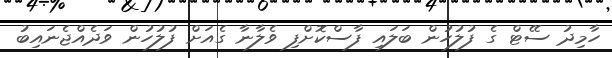
ހާމިދު ސޭޓް ގެ ފުލުހުން ބަލައި ފާސްކޮށްފި ވެލާނާ ގެއަށް ފުލުހުން ވަދެއްޖެނައިބު